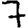
Digit: 7